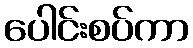
ပေါင်းစပ်ကာ